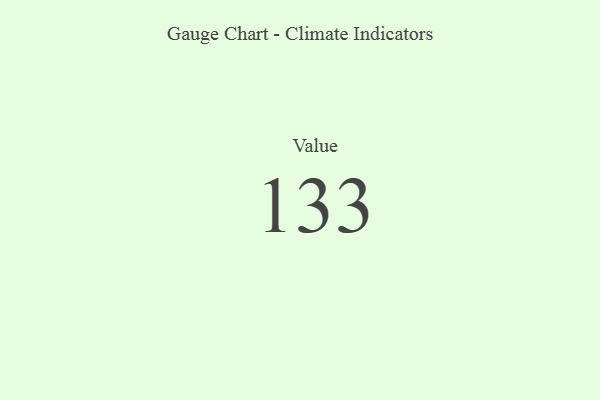
{"axis": {"x": "Metric", "y": "Value"}, "legend": [""], "data": [{"x": "Value", "y": 133, "type": ""}]}